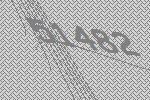
51482